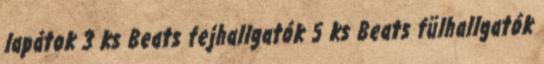
lapátok 3 ks Beats fejhallgatók 5 ks Beats fülhallgatók